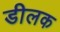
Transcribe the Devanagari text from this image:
डीलक